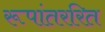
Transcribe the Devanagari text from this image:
रूपांतररित